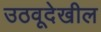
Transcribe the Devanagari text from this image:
उठवूदेखील